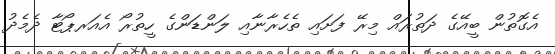
އެގޮތުން ބީއޭގެ ދަތުރައް މިރޭ ފަށައި ތެހެރާނާއި ލަންޑަންގެ ހީތުރޯ އެއަރޕޯޓާ ދެމެދު